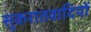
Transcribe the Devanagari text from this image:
सुकरातवादियों